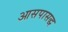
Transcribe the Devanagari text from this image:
आसपासद्ध